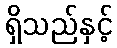
ရှိသည်နှင့်